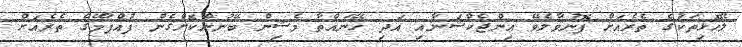
ލޭހޮޅިތަކުގެ ތެރެއަށް ފޮނުވާލެވޭ އިންޖެކްޝަނާއި އަދި ހޭނައްތާ މެޝިން ބޭނުންކޮށްގެން ފުއްޕާމޭގެ ތެރެއަށް